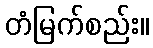
တံမြက်စည်း။